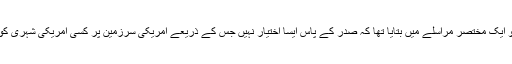
اٹارنی جنرل ایرک ہولڈر نے پال کو ایک مختصر مراسلے میں بتایا تھا کہ صدر کے پاس ایسا اختیار نہیں جس کے ذریعے امریکی سرزمین پر کسی امریکی شہری کو کارروائی کرکے ہلاک کیا جائے۔